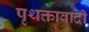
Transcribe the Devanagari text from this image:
पृथक्तावादी